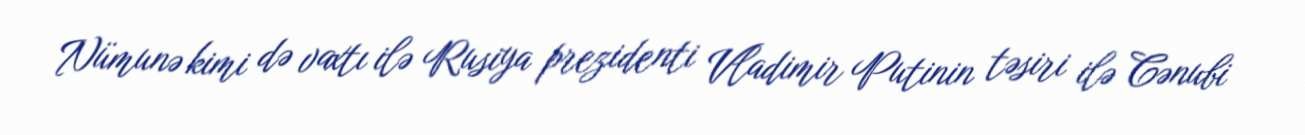
Nümunə kimi də vaxtı ilə Rusiya prezidenti Vladimir Putinin təsiri ilə Cənubi